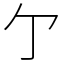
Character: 亇